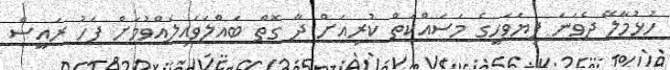
ހުޅުމާލޭ ދެވަނަ ފިޔަވަހީގެ މަސައްކަތް ކުރިއަށް ދާ ގޮތް ބައްލަވައިލެއްވުމަށް ފަހު ރައީސް